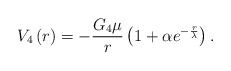
\begin{align*}V_4\left( r\right) = -\frac{G_4 \mu}{r}\left( 1 +\alpha e^{-\frac{r}{\lambda}}\right).\end{align*}